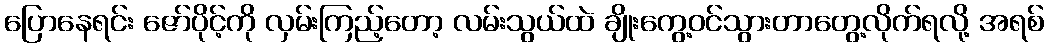
ပြောနေရင်း ဇော်ပိုင့်ကို လှမ်းကြည့်တော့ လမ်းသွယ်ထဲ ချိုးကွေ့ဝင်သွားတာတွေ့လိုက်ရလို့ အရစ်